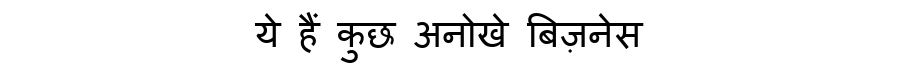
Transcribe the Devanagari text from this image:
ये हैं कुछ अनोखे बिज़नेस